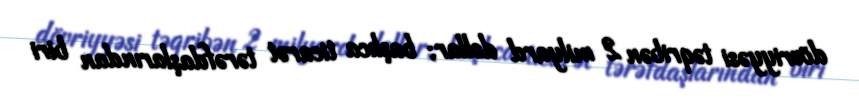
dövriyyəsi təqribən 2 milyard dollar; başlıca ticarət tərəfdaşlarından biri